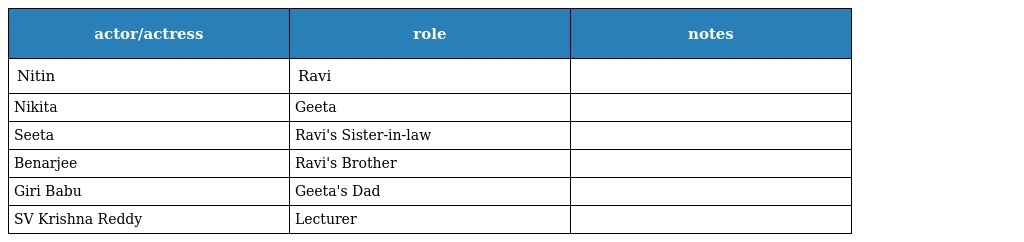
| actor/actress | role | notes |
 | --- | --- | --- |
 | Nitin | Ravi |  |
 | Nikita | Geeta |  |
 | Seeta | Ravi's Sister-in-law |  |
 | Benarjee | Ravi's Brother |  |
 | Giri Babu | Geeta's Dad |  |
 | SV Krishna Reddy | Lecturer |  |